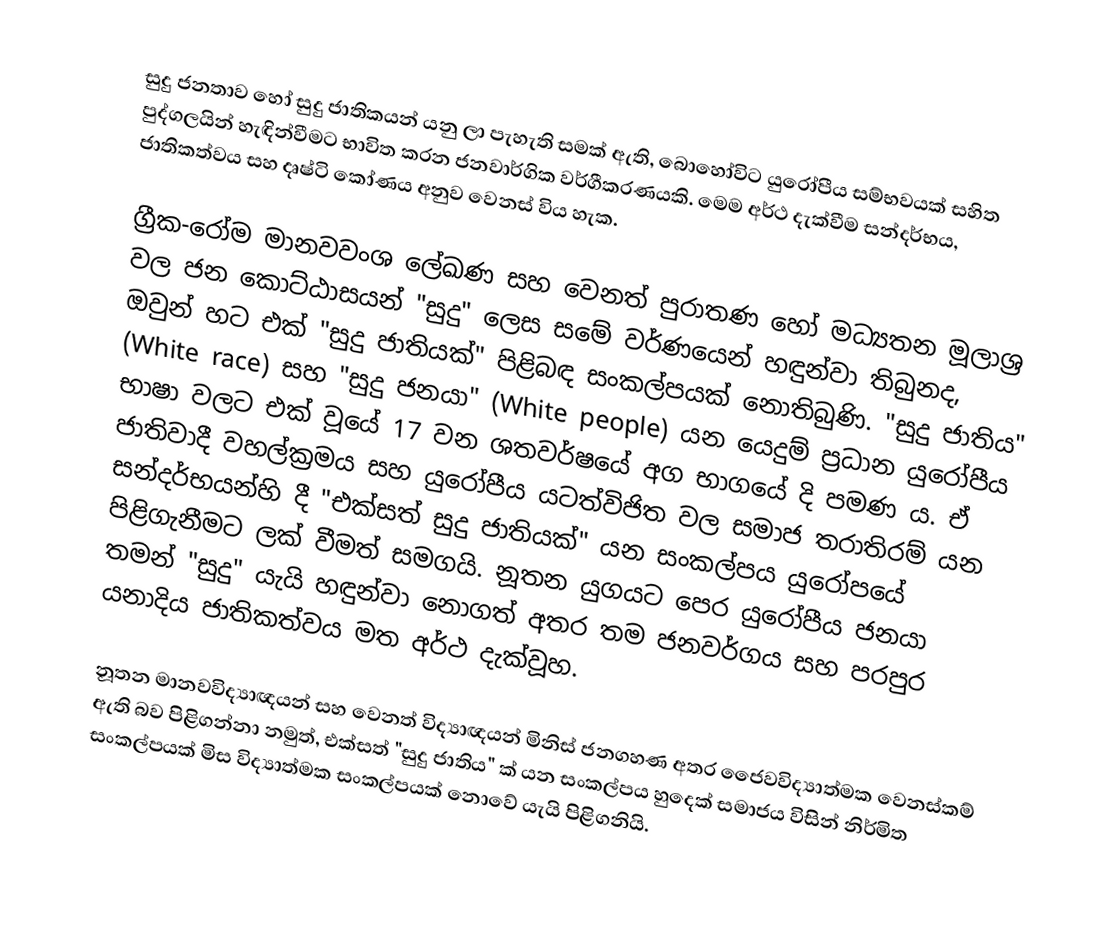
සුදු ජනතාව හෝ සුදු ජාතිකයන් යනු ලා පැහැති සමක් ඇති, බොහෝවිට යුරෝපීය සම්භවයක් සහිත පුද්ගලයින් හැඳින්වීමට භාවිත කරන ජනවාර්ගික වර්ගීකරණයකි. මෙම අර්ථ දැක්වීම සන්දර්භය, ජාතිකත්වය සහ දෘෂ්ටි කෝණය අනුව වෙනස් විය හැක.

ග්‍රීක-රෝම මානවවංශ ලේඛණ සහ වෙනත් පුරාතණ හෝ මධ්‍යතන මූලාශ්‍ර වල ජන කොට්ඨාසයන් "සුදු" ලෙස සමේ වර්ණයෙන් හඳුන්වා තිබුනද, ඔවුන් හට එක් "සුදු ජාතියක්" පිළිබඳ සංකල්පයක් නොතිබුණි. "සුදු ජාතිය" (White race) සහ "සුදු ජනයා" (White people) යන යෙදුම් ප්‍රධාන යුරෝපීය භාෂා වලට එක් වූයේ 17 වන ශතවර්ෂයේ අග භාගයේ දි පමණ ‍ය. ඒ ජාතිවාදී වහල්ක්‍රමය සහ යුරෝපීය යටත්විජිත වල සමාජ තරාතිරම් යන සන්දර්භයන්හි දී "එක්සත් සුදු ජාතියක්" යන සංකල්පය යුරෝපයේ පිළිගැනීමට ලක් වීමත් සමගයි. නූතන යුගයට පෙර යුරෝපීය ජනයා තමන් "සුදු" යැයි හඳුන්වා නොගත් අතර තම ජනවර්ගය සහ පරපුර යනාදිය ජාතිකත්වය මත අර්ථ දැක්වූහ.

නූතන මානවවිද්‍යාඥයන් සහ වෙනත් විද්‍යාඥයන් මිනිස් ජනගහණ අතර ජෛවවිද්‍යාත්මක වෙනස්කම් ඇති බව පිළිගන්නා නමුත්, එක්සත් "සුදු ජාතිය" ක් යන සංකල්පය හුදෙක් සමාජය විසින් නිර්මිත සංකල්පයක් මිස විද්‍යාත්මක සංකල්පයක් නොවේ යැයි පිළිගනියි.